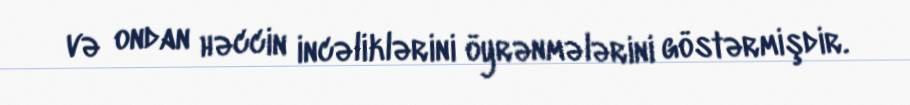
və ondan həccin incəliklərini öyrənmələrini göstərmişdir.